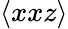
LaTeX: \langle xxz\rangle